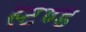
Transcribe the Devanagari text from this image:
स्‍टेण्‍ड